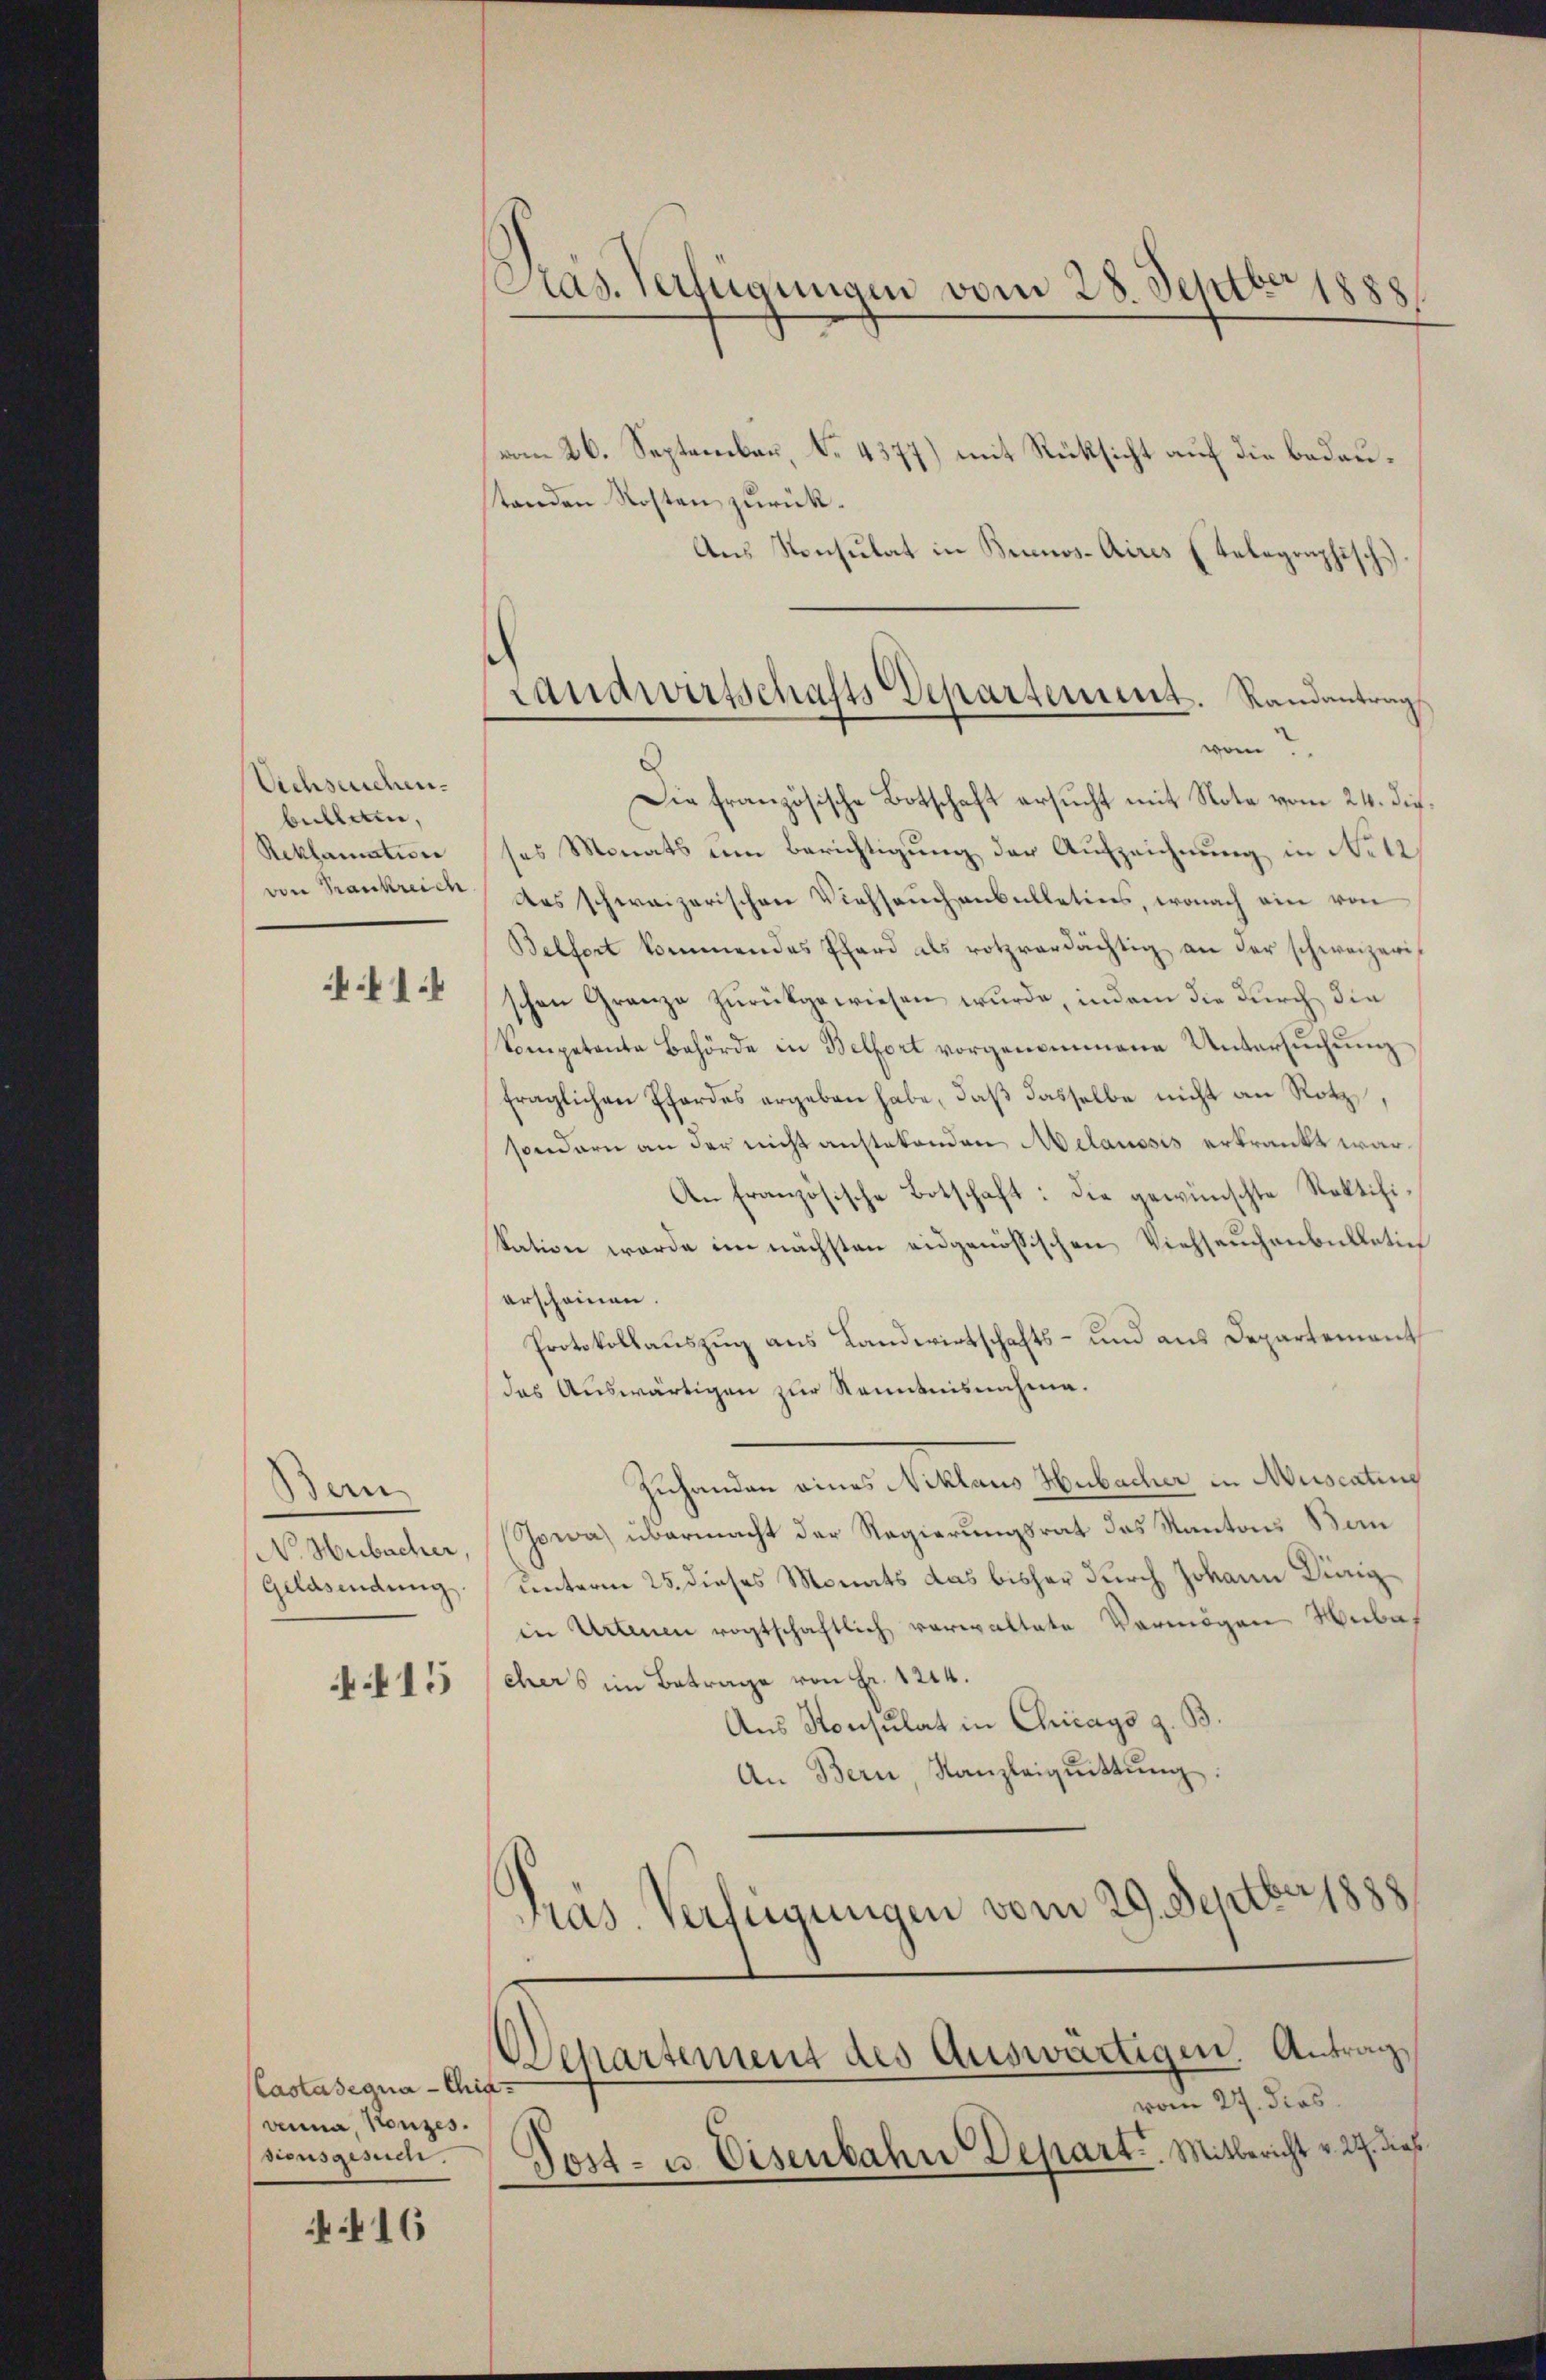
Aichseuchen.
belleten,
Reklamation
von Frankreich

1

Bern
N Hubacher,
Geldsendung

115

Castasegua-Chia,
venna, Konzes.
sionsgesuch.

416

Pras. Verfügungen vom 28. Septbr 1888

Landwirtschafts Departement. Randantrag
vom 7.

vom 26. September, No. 4377) mit Rücksicht auf die bedautanden Kosten zurück¬
Aus Konsulat in Buenos-Aires telegraphisch-
Die französische Botschaft ersucht mit Note vom 24. die
ses Monats um Berichtigung der Aufzeichnung in No 12
das schweizerischen Viehsaŭch anbulletiers, wonach ein von
Belfort kommendes Phard als rotzverdächtig an der schweizerischen Granze zŭrückgewiesen wurde, indem die durch die
kompetente Behörde in Belfort vorgenommene Untersuchung
fraglichen Pfordes ergeben habe, daβ dasselbe nicht an Rotz,
sondern an der nicht anstetenden Melaussis erkrankt war
An französische Botschaft: Die gewünschte Rektifikation werde im nächsten eidgenössischen Viehseuchenbulletin
erscheinen.
Protokollauszug aus Landwirtschafts- und aus Departement
das Auswärtigen zur Kenntnisnahme.
zuhanden eines Niklaus Hubacher in Muscatine
Jowa) übermacht der Regierungsrat das Kantons Ban
unterm 25. dieses Monats das bisher durch Johann Königin Urteien vogtschaftlich verwaltete Vermögen Weber
ehers im Betrage von Fr. 1244.
Aus Konsulat in Chicago z.
An Bern, Kanzleiqŭittŭng,
ras. Verfügungen vom 29. Septbr
Departement des Auswärtigen. Antrag,
vom 27. dies
Post- u Eisenbahn Depart. Mitbericht v. 27. dies